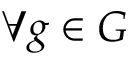
\forall g \in G